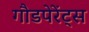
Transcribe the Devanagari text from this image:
गौडपेरेंट्स